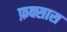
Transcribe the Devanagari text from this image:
फ़क्सास